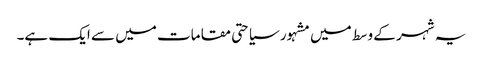
یہ شہر کے وسط میں مشہور سیاحتی مقامات میں سے ایک ہے۔